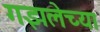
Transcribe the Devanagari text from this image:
गझलेच्या